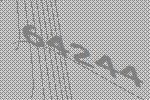
64244